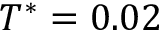
T ^ { * } = 0 . 0 2